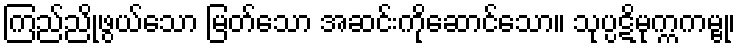
ကြည်ညိုဖွယ်သော မြတ်သော အဆင်းကိုဆောင်သော။ သုပ္ပဋိမုက္ကကမ္ဗု၊